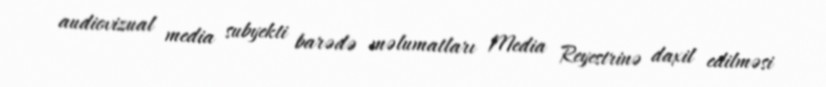
audiovizual media subyekti barədə məlumatları Media Reyestrinə daxil edilməsi